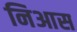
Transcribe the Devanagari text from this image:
निआस